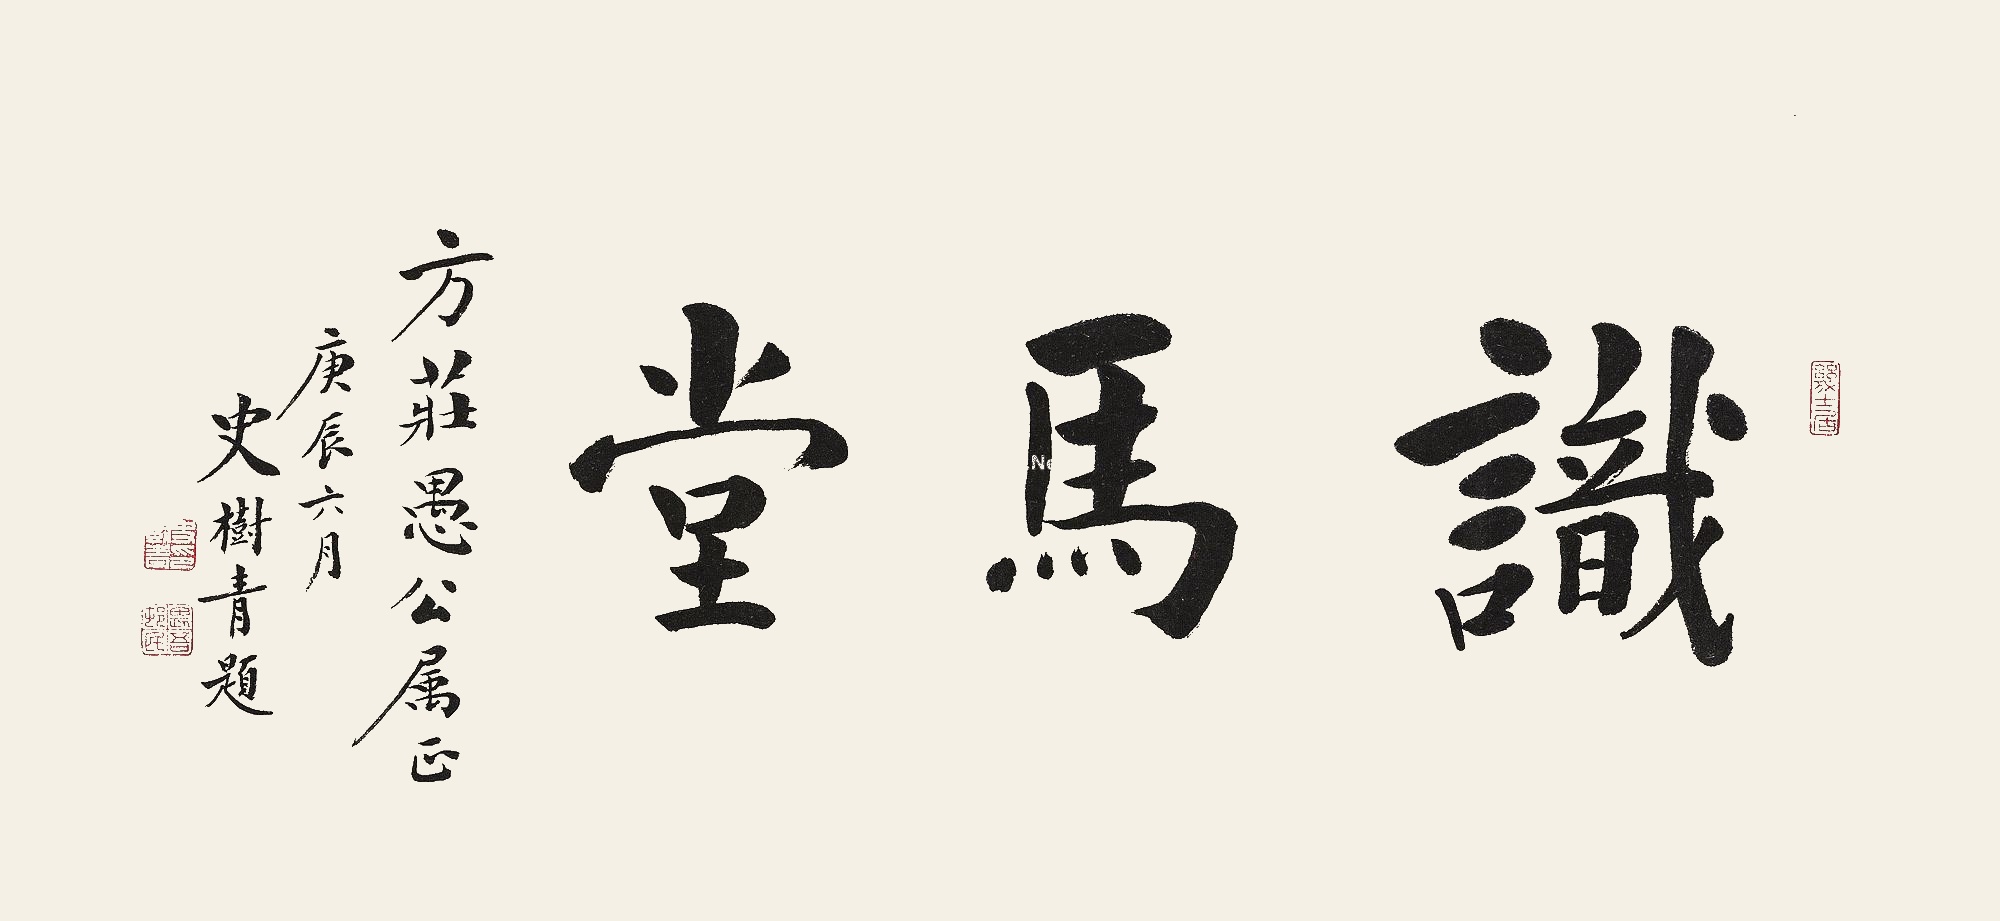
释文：识马堂藏画方庄愚公属正。庚辰六月，史树青题。